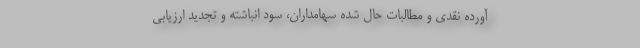
آورده نقدی و مطالبات حال شده سهامداران، سود انباشته و تجدید ارزیابی